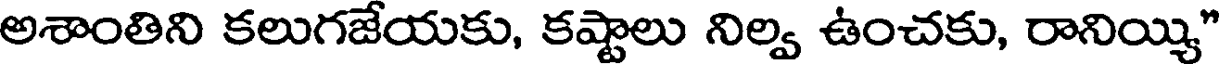
అశాంతిని కలుగజేయకు, కష్టాలు నిల్వ ఉంచకు, రానియ్యి"